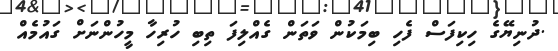
.ދުނިޔޭގެ ހިކިފަސް ފެހި ބިމަކުން ވަތަން ގެއްލިފަ ތިބި ހުރިހާ މީހުންނަށް ގައުމެއް